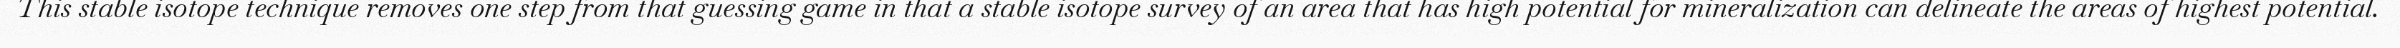
This stable isotope technique removes one step from that guessing game in that a stable isotope survey of an area that has high potential for mineralization can delineate the areas of highest potential.